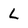
Character: L